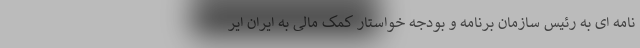
نامه ای به رئیس سازمان برنامه و بودجه خواستار کمک مالی به ایران ایر